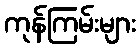
ကုန်ကြမ်းများ